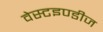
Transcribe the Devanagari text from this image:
वेस्टइण्डीज